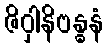
ဇိဝှါနိဗန္ဓနံ